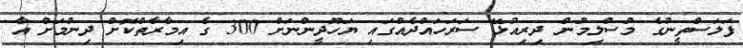
ފަލަސްތީނުގެ މުސްލިމުން ދިރިއުޅޭ ސަރަހައްދެއްގައި ޔަހޫދީންނަށް 300 ގެ އިމާރާތްކޮށް ދިނުމަށް އާ